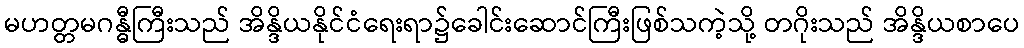
မဟတ္တမဂန္ဓီကြီးသည် အိန္ဒိယနိုင်ငံရေးရာ၌ခေါင်းဆောင်ကြီးဖြစ်သကဲ့သို့ တဂိုးသည် အိန္ဒိယစာပေ